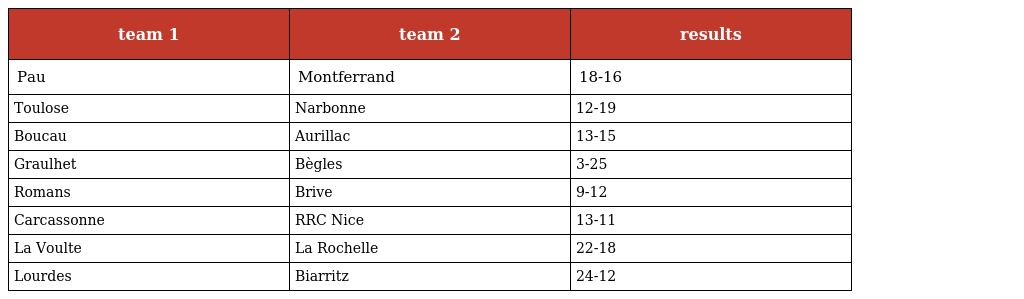
| team 1 | team 2 | results |
 | --- | --- | --- |
 | Pau | Montferrand | 18-16 |
 | Toulose | Narbonne | 12-19 |
 | Boucau | Aurillac | 13-15 |
 | Graulhet | Bègles | 3-25 |
 | Romans | Brive | 9-12 |
 | Carcassonne | RRC Nice | 13-11 |
 | La Voulte | La Rochelle | 22-18 |
 | Lourdes | Biarritz | 24-12 |